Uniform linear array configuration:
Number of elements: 48
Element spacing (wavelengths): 0.5
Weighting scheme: binomial
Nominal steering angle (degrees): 15
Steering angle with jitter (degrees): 14.258
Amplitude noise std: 0.05
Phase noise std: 0.05

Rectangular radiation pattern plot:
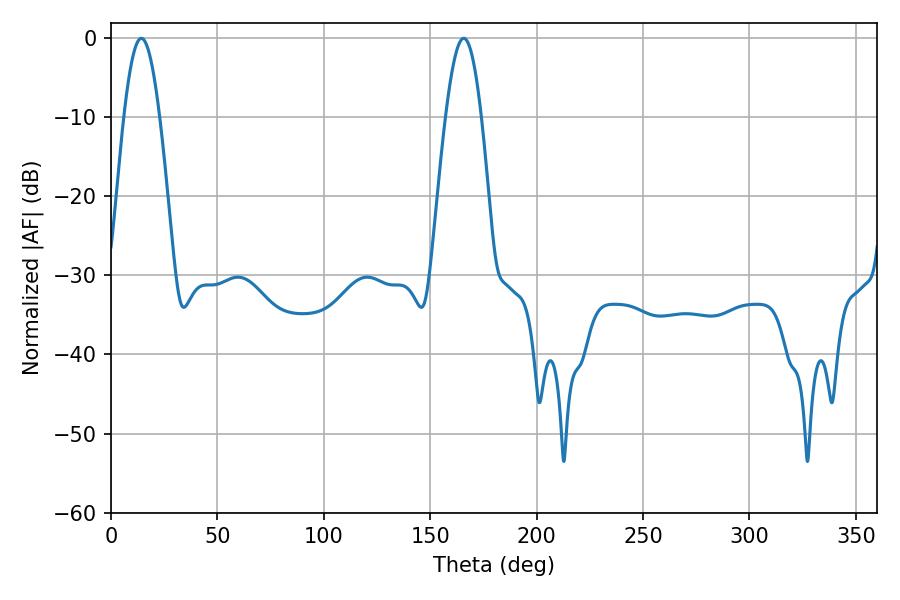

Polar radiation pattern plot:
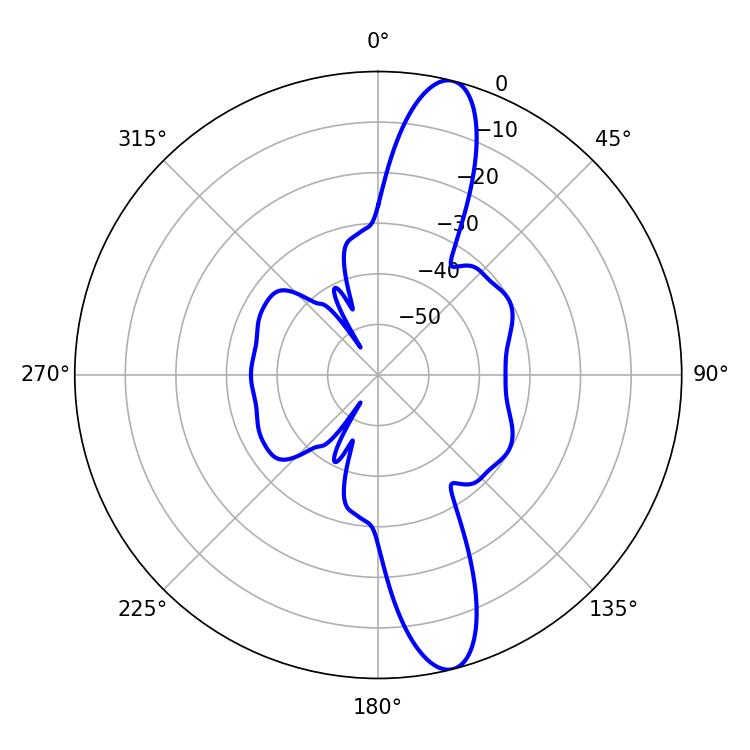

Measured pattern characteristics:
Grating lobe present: FALSE
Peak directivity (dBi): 13.681
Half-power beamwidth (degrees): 9.18
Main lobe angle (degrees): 14.22